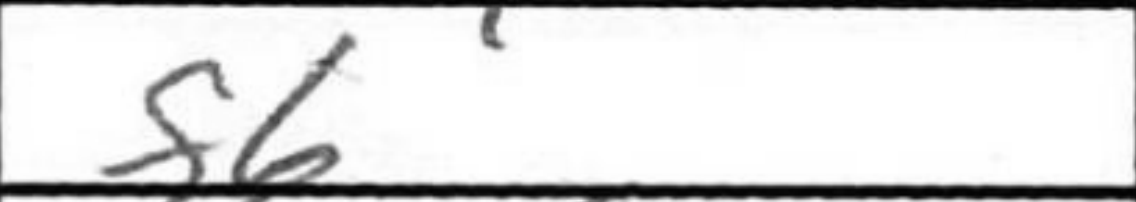
Transcription: f6